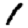
Digit: 1